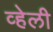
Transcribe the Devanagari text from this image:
व्हेली